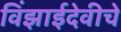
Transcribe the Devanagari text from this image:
विंझाईदेवीचे